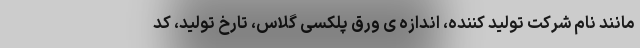
مانند نام شرکت تولید کننده، اندازه ی ورق پلکسی گلاس، تارخ تولید، کد